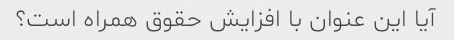
آیا این عنوان با افزایش حقوق همراه است؟